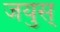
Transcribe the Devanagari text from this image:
जयुस्